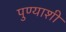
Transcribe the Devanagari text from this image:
पुण्याशी